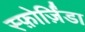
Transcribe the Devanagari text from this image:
स्फ़ोर्ज़िंडा